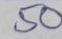
50